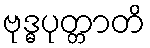
ဗုဒ္ဓပုတ္တာတိ